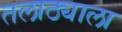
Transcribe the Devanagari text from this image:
तलाठ्याला